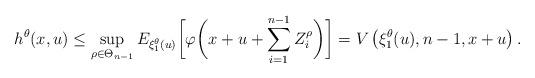
LaTeX: \begin{align*}h^\theta(x,u)\le \sup_{\rho\in \Theta_{n-1}} E_{\xi_1^\theta(u)}\biggl[\varphi\biggl(x+u+\sum_{i=1}^{n-1} Z_i^{\rho}\biggr)\biggr]=V\left(\xi_1^\theta(u),n-1,x+u\right).\end{align*}